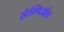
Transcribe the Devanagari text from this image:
सेम्पिओन